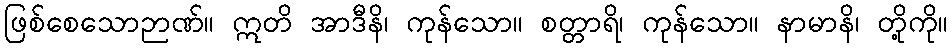
ဖြစ်စေသောဉာဏ်။ ဣတိ အာဒီနိ၊ ကုန်သော။ စတ္တာရိ၊ ကုန်သော။ နာမာနိ၊ တို့ကို။